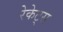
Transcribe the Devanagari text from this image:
रेकेट्स